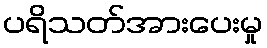
ပရိသတ်အားပေးမှု